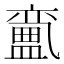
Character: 𱲝